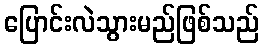
ပြောင်းလဲသွားမည်ဖြစ်သည်